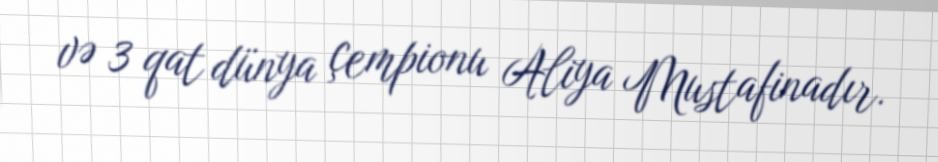
və 3 qat dünya çempionu Aliya Mustafinadır.